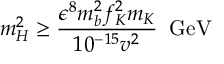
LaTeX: m _ { H } ^ { 2 } \geq \frac { \epsilon ^ { 8 } m _ { b } ^ { 2 } f _ { K } ^ { 2 } m _ { K } } { 1 0 ^ { - 1 5 } v ^ { 2 } } \; \; \mathrm { G e V }